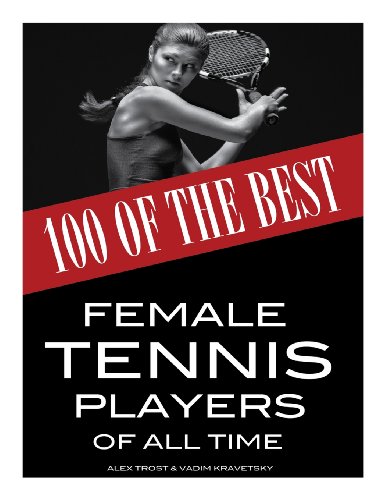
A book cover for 100 of the Best Female Tennis Players of All Time; Alex Trost; Sports & Outdoors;